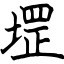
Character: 堽